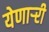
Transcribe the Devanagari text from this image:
येणार्‍री